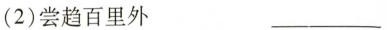
(2)尝趋百里外 ___